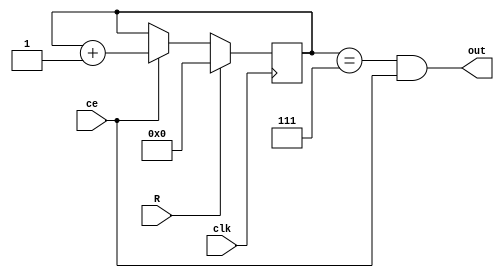
module cnt_bit #(parameter m = 8)(
	input R,
	input ce,
	input clk,
	output out
);

reg [7:0]cb_bit = 8'b0;
assign out = (cb_bit == m-1) & ce;

always @(posedge clk) begin
	if (R)
		cb_bit <= 8'b0;
	else
		cb_bit <= ce ? cb_bit + 8'b1 : cb_bit;
end

endmodule